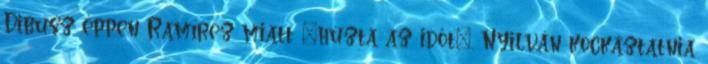
Dibusz éppen Ramírez miatt "húzta az időt". Nyilván kockáztatnia